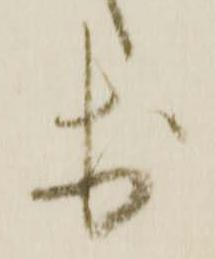
於